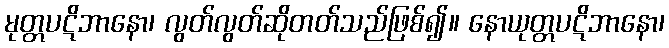
မုတ္တပဋိဘာနော၊ လွတ်လွတ်ဆိုတတ်သည်ဖြစ်၍။ နောယုတ္တပဋိဘာနော၊